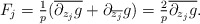
\begin{align*}F_j = \tfrac1{p}(\overline{\partial_{{z_j}} g } + \partial_{\overline{z_j}} g )= \tfrac2p \overline{\partial_{{z_j}} g }.\end{align*}